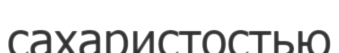
сахаристостью